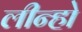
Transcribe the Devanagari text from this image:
लीन्‍हो